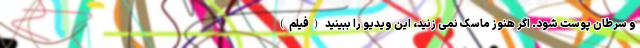
و سرطان پوست شود. اگر هنوز ماسک نمی زنید، این ویدیو را ببینید (فیلم)